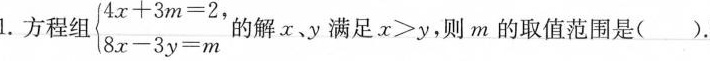
1.方程组 $$\left\{ \begin{matrix} 4x+3m=2, \\ 8x-3y=m \\ \end{matrix} \right.$$ 的解x、y满足x > y，则m的取值范围是( )。